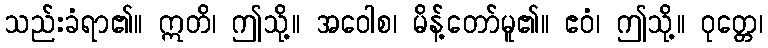
သည်းခံရာ၏။ ဣတိ၊ ဤသို့။ အဝေါစ၊ မိန့်တော်မူ၏။ ဧဝံ၊ ဤသို့။ ဝုတ္တေ၊